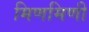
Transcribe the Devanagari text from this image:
मिणमिणी